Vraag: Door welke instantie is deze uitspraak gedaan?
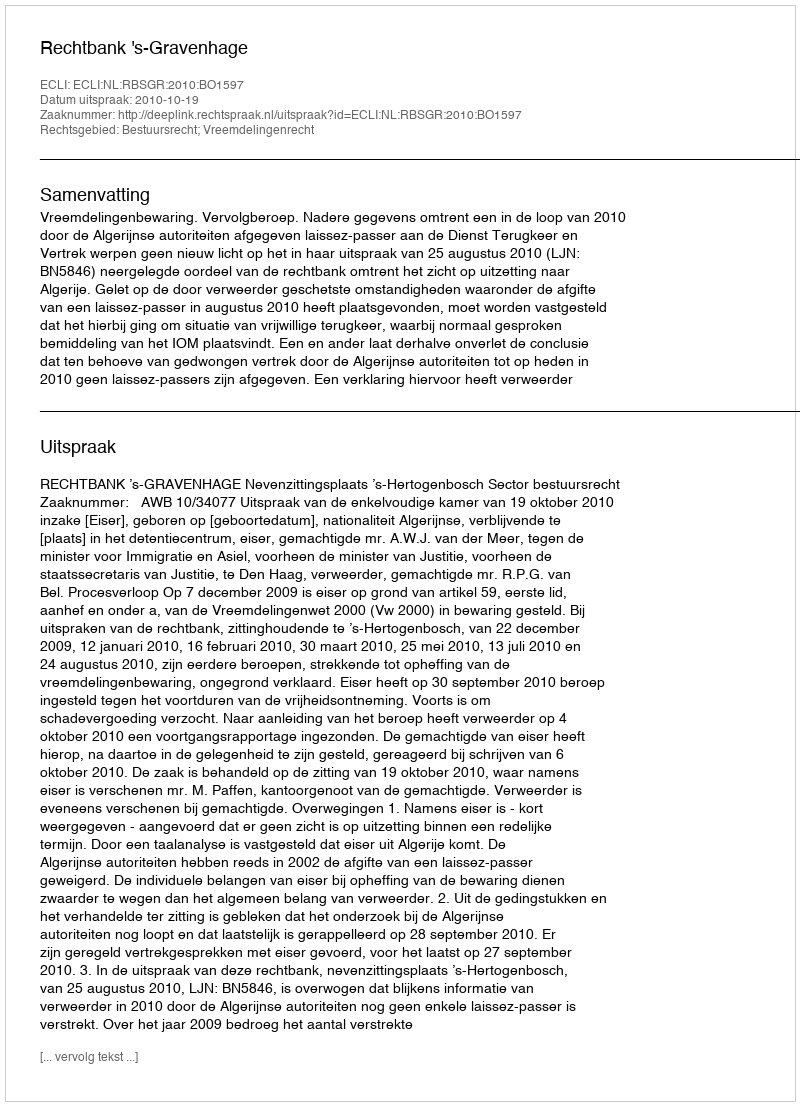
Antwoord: Rechtbank 's-Gravenhage